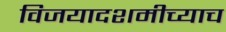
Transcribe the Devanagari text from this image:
विजयादशमीच्याच